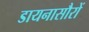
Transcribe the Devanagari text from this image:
डायनासौरों